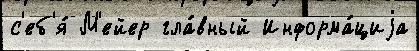
с'еб'я́ М'ейер гла́вный Информа́циjа